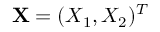
\mathbf { X } = ( X _ { 1 } , X _ { 2 } ) ^ { T }